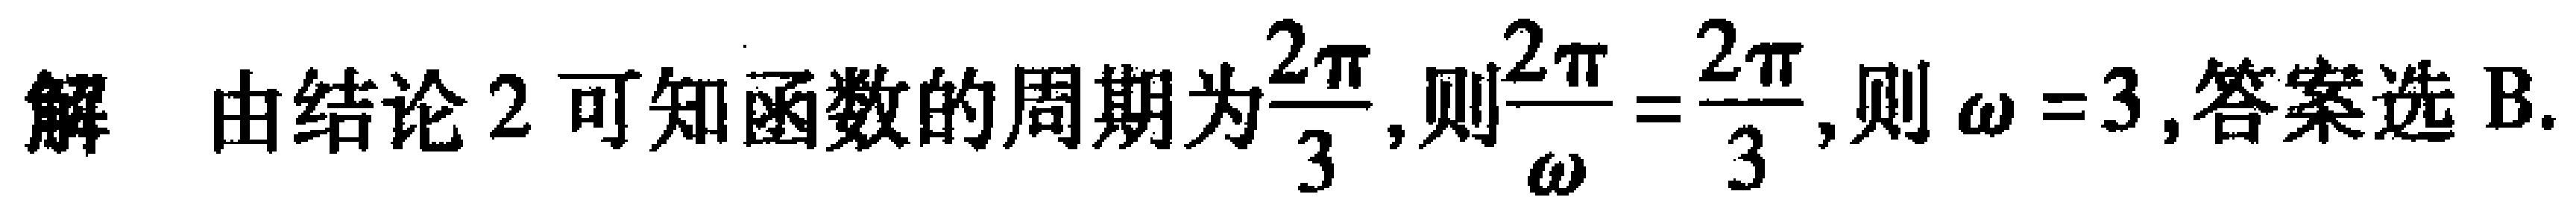
解 由结论 2 可知函数的周期为$\frac{2\pi}{3}$, 则$\frac{2\pi}{\omega}=\frac{2\pi}{3}$, 则$\omega = 3$, 答案选 B.